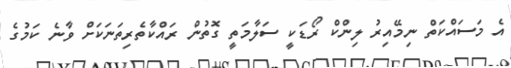
އެ މަސައްކަތް ނިމޭއިރު ލިންކް ރޯޑަކީ ސަލާމަތީ ގޮތުން ރައްކާތެރިތަނަކަށް ވާނެ ކަމުގެ